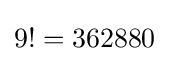
{\textstyle 9!=362880}